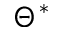
\Theta ^ { * }